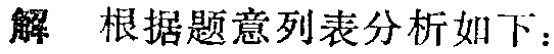
解 根据题意列表分析如下：